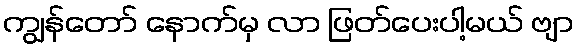
ကျွန်တော် နောက်မှ လာ ဖြတ်ပေးပါ့မယ် ဗျာ